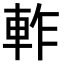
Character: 𨋘